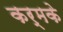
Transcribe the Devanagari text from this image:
कर्मके